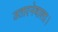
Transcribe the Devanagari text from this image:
उतारनेवाला।